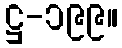
ဋ္ဌ-၁၉၉။